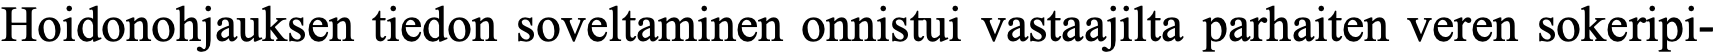
Hoidonohjauksen tiedon soveltaminen onnistui vastaajilta parhaiten veren sokeripi-